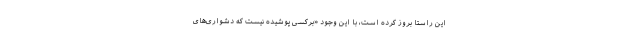
این راستا بروز کرده است، با این وجود «برکسی پوشیده نیست که دشواری‌های